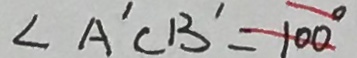
\angle A ^ { \prime } C B ^ { \prime } = 1 0 0 ^ { \circ }